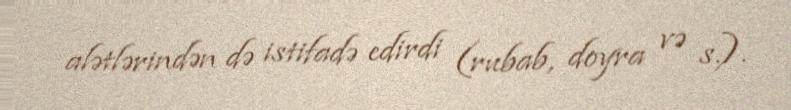
alətlərindən də istifadə edirdi (rubab, doyra və s.).